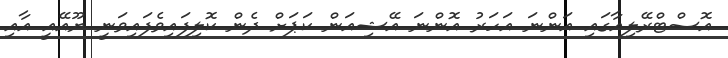
އޮސްޓްރޭލިއާގައި އަންނަ އަހަރު އޮންނަ އޭޝިއަން ކަޕަށް ދެން ކޮލިފައިވެފައިވަނީ ޔޫއޭއީ އާއި